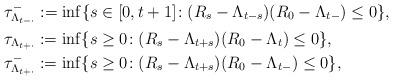
LaTeX: \begin{align*}&\tau^-_{\Lambda_{t-\cdot}}:= \inf\{s\in[0,t+1]\!:(R_s-\Lambda_{t-s})(R_0-\Lambda_{t-})\leq0\}, \\&\tau_{\Lambda_{t+\cdot}}:= \inf\{s\geq 0\!:(R_s-\Lambda_{t+s})(R_0-\Lambda_t)\leq0\},\\&\tau^-_{\Lambda_{t+\cdot}}:= \inf\{s\geq 0\!:(R_s-\Lambda_{t+s})(R_0-\Lambda_{t-})\leq0\},\end{align*}